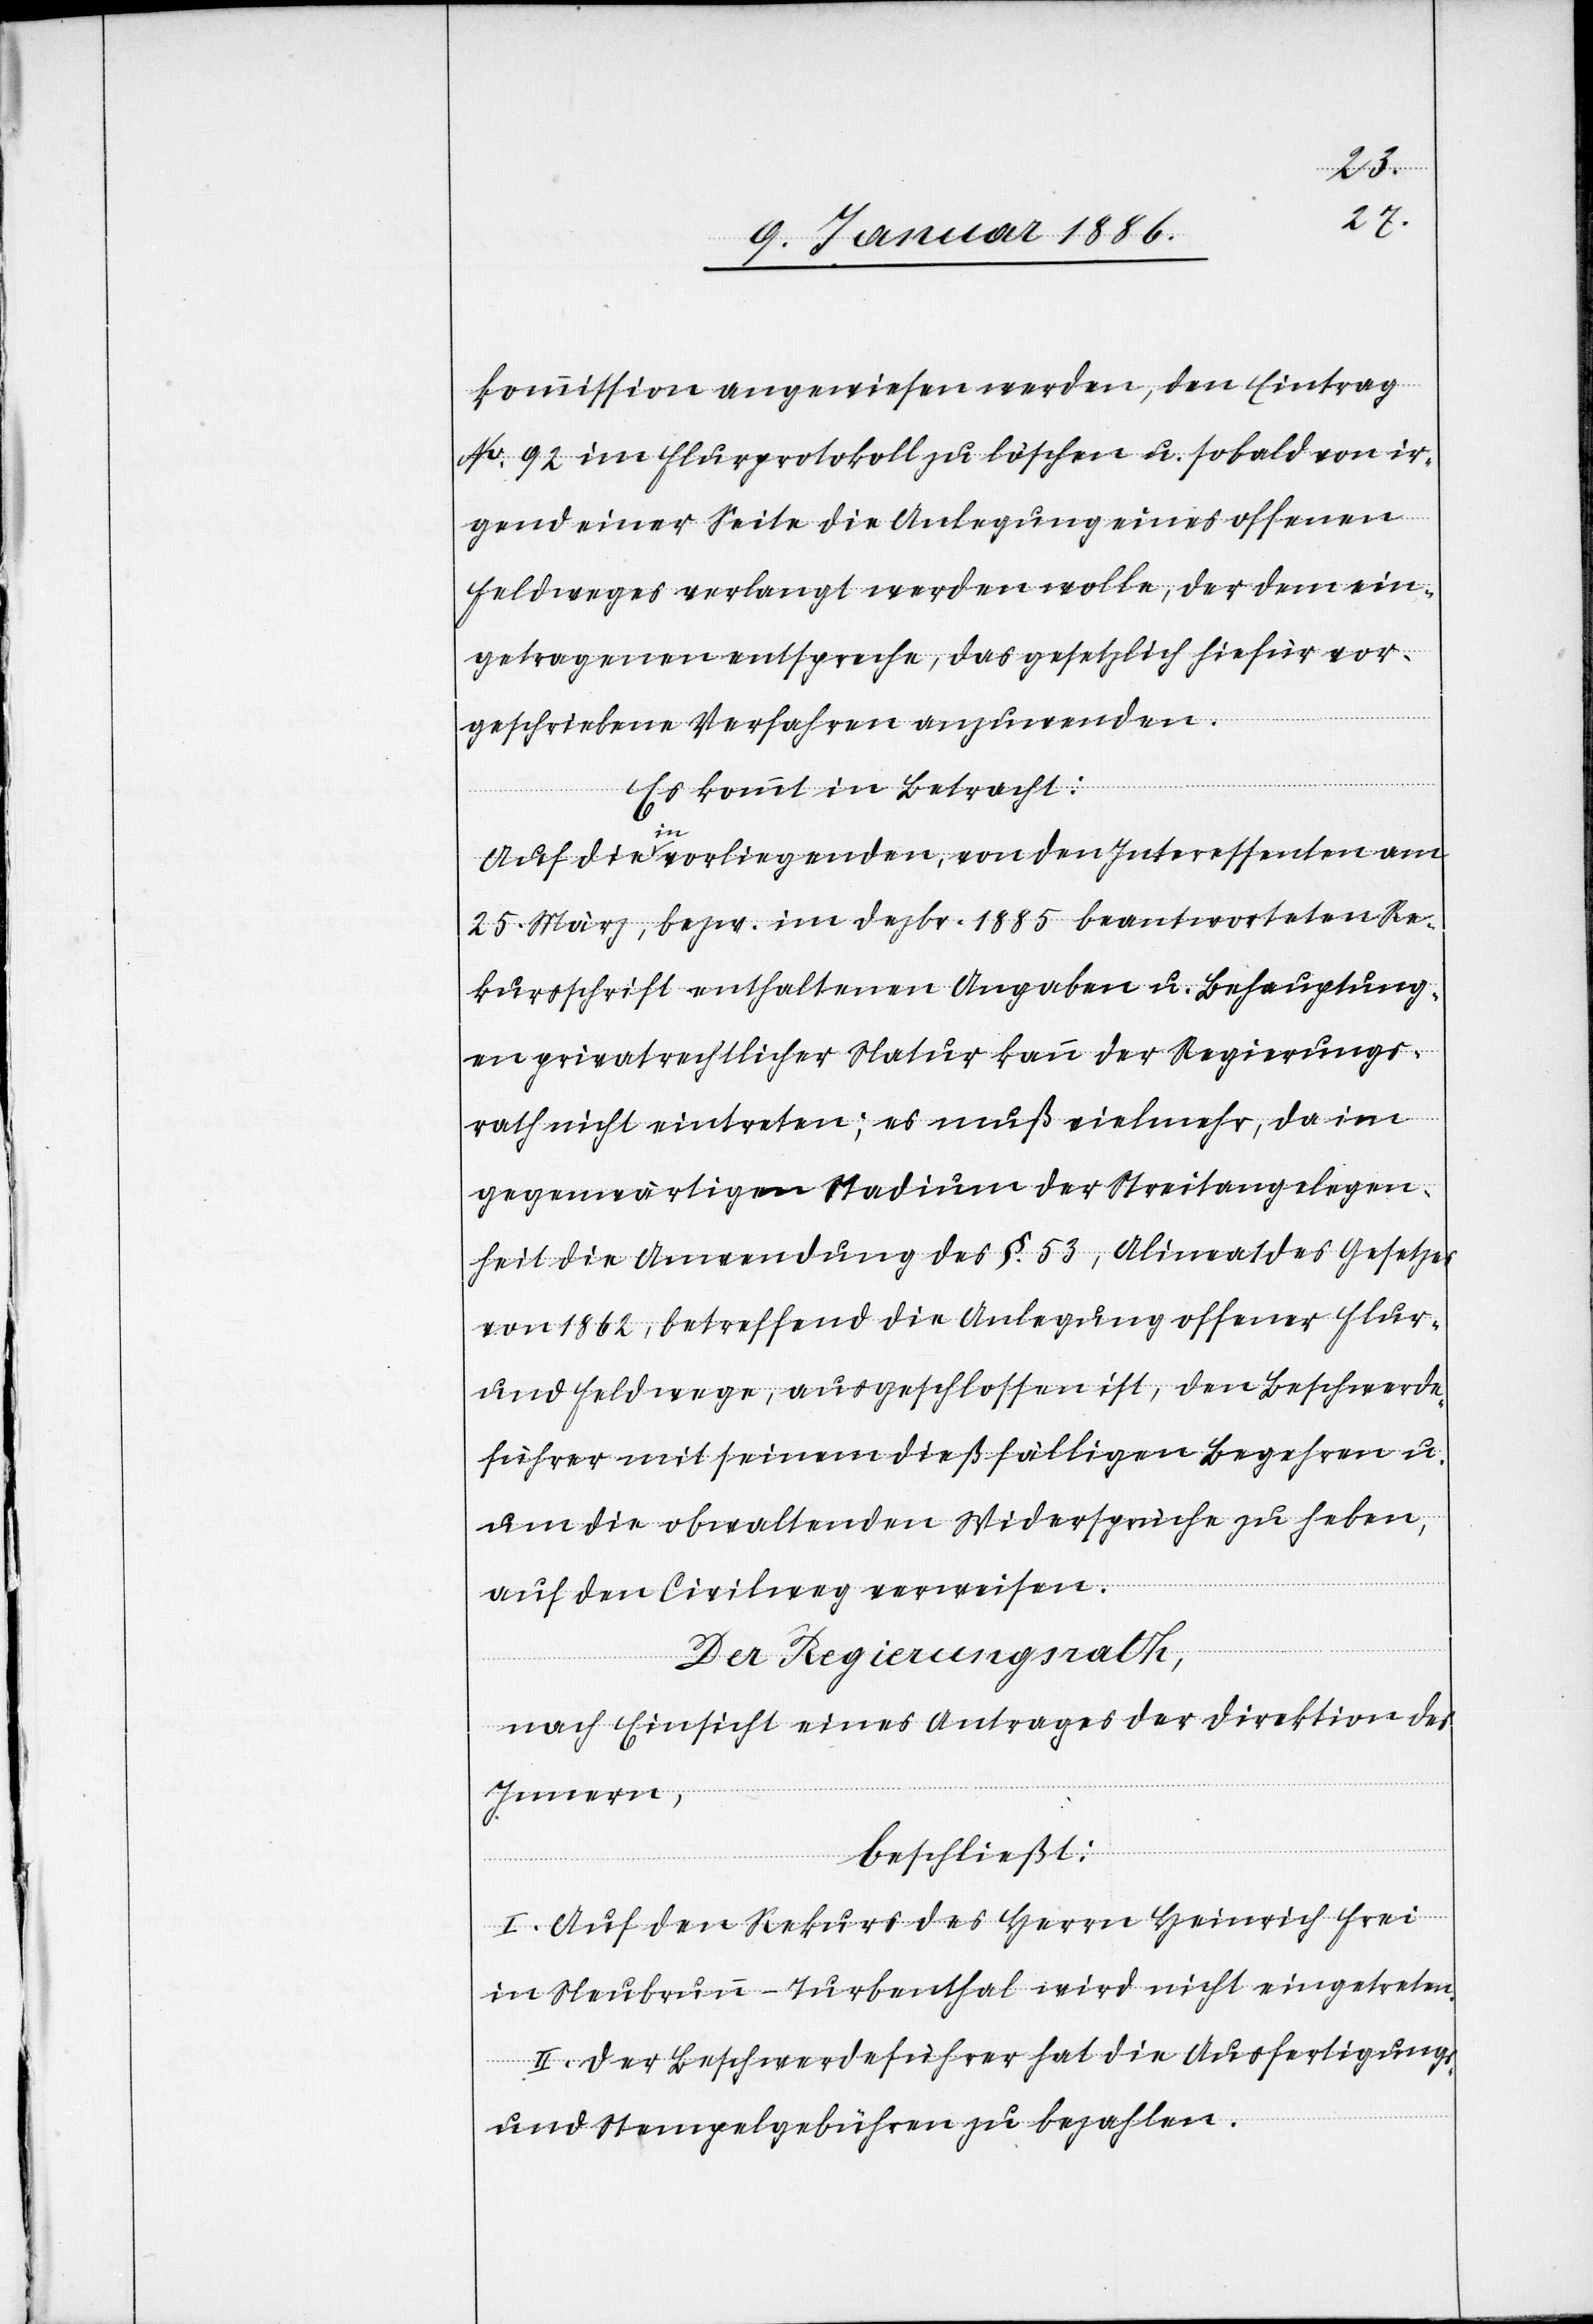
kommissionen angewiesen werden, den Eintrag
Nr. 92 im Flurprotokoll zu löschen u. sobald von ir¬
gend einer Seite die Anlegung eines offenen
Feldweges verlangt werden wolle, der dem ein¬
getragenen entspreche, das gesetzlich hiefür vor¬
geschriebene Verfahren anzuwenden.
Es kommt in Betracht:
Auf die im vorliegenden, von den Interessenten am
25. März, bezw. im Dezbr. 1885 beantworten Re¬
kursschrift enthaltenen Angaben u. Behauptung¬
en privatrechtlicher Natur kann der Regierungs¬
rath nicht eintreten; es muß vielmehr, da im
gegenwärtigen Stadium der Streitangelegen¬
heit die Anwendung des § 53, Alinea 1 des Gesetzes
von 1862, betreffend die Anlegung offener Flur-
und Feldwege, ausgeschlossen ist, dem Beschwerde¬
führer mit seinem dießfälligen Begehren u.
um die obwaltenden Widersprüche zu heben,
auf den Civilweg verweisen.
Der Regierungsrath,
nach Einsicht eines Antrages der Direktion des
Innern,
beschließt:
I. Auf den Rekurs des Herrn Heinrich Frei
in Neubrunn - Turbenthal wird nicht eingetreten.
II. Der Beschwerdeführer hat die Ausfertigungs-
und Stempelgebühr zu bezahlen.